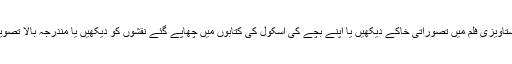
اگر آپ کسی دستاویزی فلم میں تصوراتی خاکے دیکھیں یا اپنے بچے کی اسکول کی کتابوں میں چھاپے گئے نقشوں کو دیکھیں یا مندرجہ بالا تصویر ہی دیکھ لیں۔